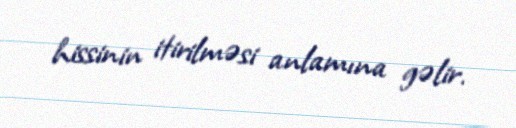
hissinin itirilməsi anlamına gəlir.